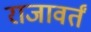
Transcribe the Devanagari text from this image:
राजावर्तं